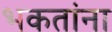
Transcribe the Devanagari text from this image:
भकतांना